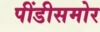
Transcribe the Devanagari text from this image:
पींडीसमोर